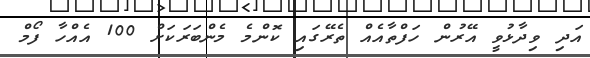
އަދި ވިދާޅުވީ އޭރުން ހަފްތާއެއް ތެރޭގައި ކޮންމެ މެންބަރަކަށް 100 އެއްހާ ފޯމް